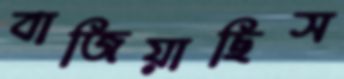
বাজিয়াছিস